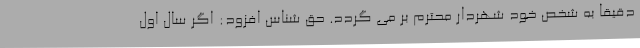
دقیقا به شخص خود شهردار محترم بر می گردد. حق شناس افزود: اگر سال اول